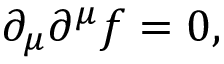
\partial _ { \mu } \partial ^ { \mu } f = 0 ,